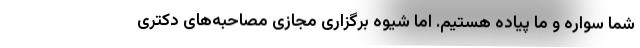
شما سواره و ما پیاده هستیم. اما شیوه برگزاری مجازی مصاحبه‌های دکتری